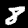
Label: 8